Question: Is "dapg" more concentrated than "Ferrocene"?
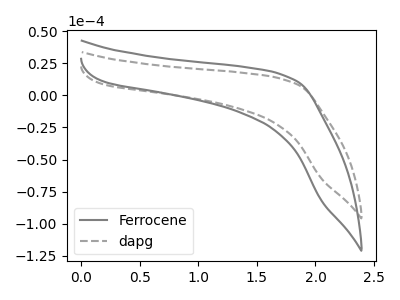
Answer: <think>The gray curve "Ferrocene" has no peaks. The gray dashed curve "dapg" has no peaks.
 Neither "dapg" or "Ferrocene" have any peaks.</think>
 <answer>I cant tell if "dapg" or "Ferrocene" has higher concentration.</answer>
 <eval>mixed_concentration</eval>